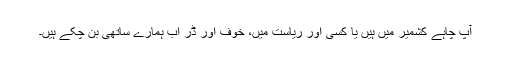
آپ چاہے کشمیر میں ہیں یا کسی اور ریاست میں، خوف اور ڈر اب ہمارے ساتھی بن چکے ہیں۔